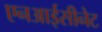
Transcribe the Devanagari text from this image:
एनआईसीनेट